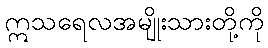
ဣသရေလအမျိုးသားတို့ကို